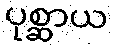
ပုစ္ဆာယ